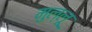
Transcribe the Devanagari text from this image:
मुल्लू